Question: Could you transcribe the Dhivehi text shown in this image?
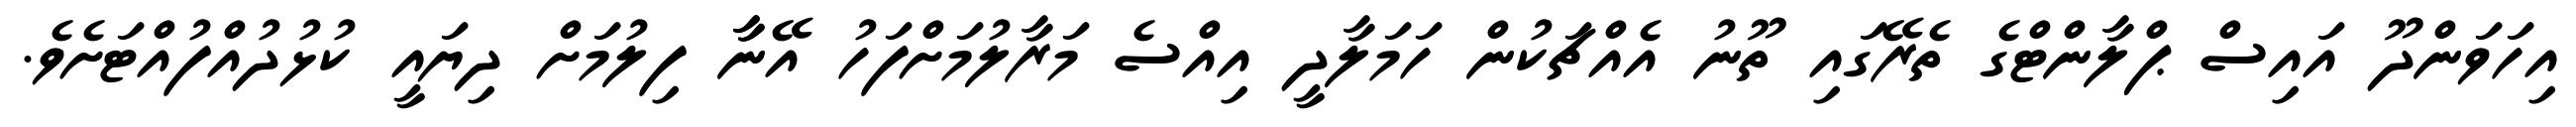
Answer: އިހަވަންދޫ އައިސް ޕްލާންޓްގެ ތެރޭގައި ތޫނު އެއްޗަކުން ހަމަލާދީ އިއްސެ މަރާލުމަށްފަހު އޭނާާ ފިލުމަށް ދިޔައީ ކުޅުދުއްފުއްޓަށެވެ.